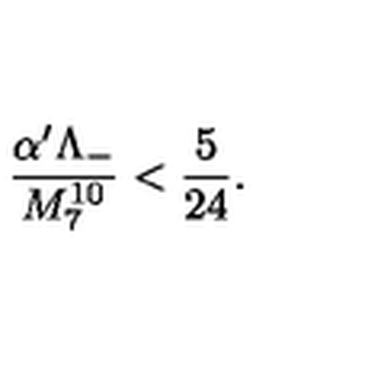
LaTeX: \frac { \alpha ^ { \prime } \Lambda _ { - } } { M _ { 7 } ^ { 1 0 } } < \frac { 5 } { 2 4 } .